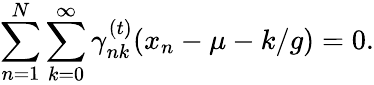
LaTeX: \sum_{n=1}^{N}\sum_{k=0}^{\infty}\gamma_{nk}^{(t)}(x_{n}-\mu-k/g)=0.